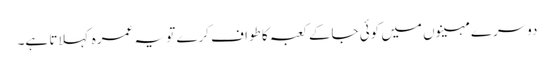
دوسرے مہینوں میں کوئی جاکے کعبہ کا طواف کرے تو یہ عمرہ کہلاتا ہے۔